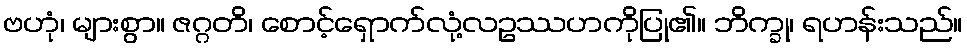
ဗဟုံ၊ များစွာ။ ဇဂ္ဂတိ၊ စောင့်ရှောက်လုံ့လဥဿဟကိုပြု၏။ ဘိက္ခု၊ ရဟန်းသည်။